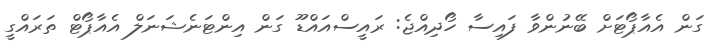
ގަން އެއާޕޯޓަށް ބޭނުންވާ ފައިސާ ހޯދިއްޖެ: ރައީސްއައްޑޫ ގަން އިންޓަނެޝަނަލް އެއާޕޯޓް ތަރައްގީ